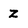
Character: z